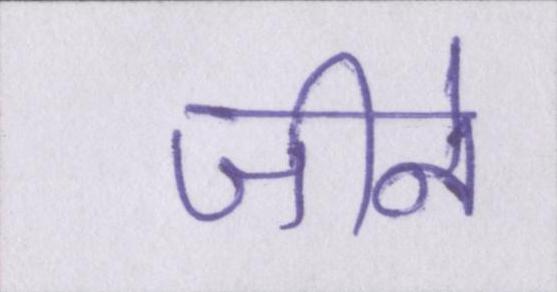
जीने